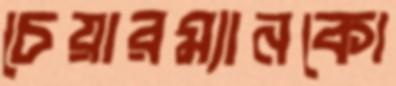
চেয়ারম্যানকো